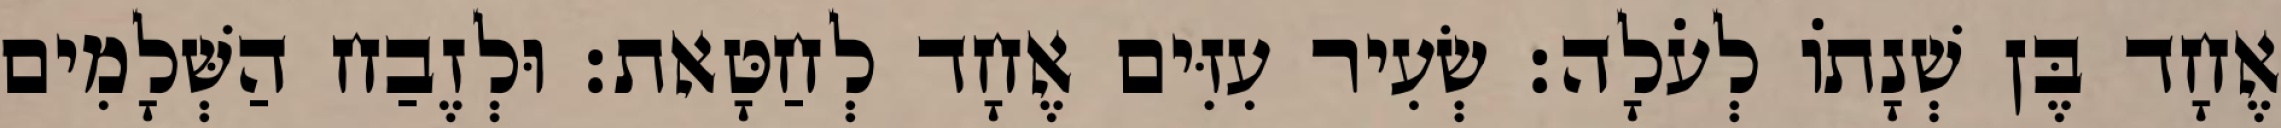
אֶחָד בֶּן שְׁנָתוֹ לְעֹלָה׃ שְׂעִיר עִזִּים אֶחָד לְחַטָּאת׃ וּלְזֶבַח הַשְּׁלָמִים